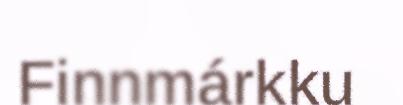
Finnmárkku